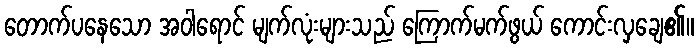
တောက်ပနေသော အဝါရောင် မျက်လုံးများသည် ကြောက်မက်ဖွယ် ကောင်းလှချေ၏။